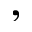
,